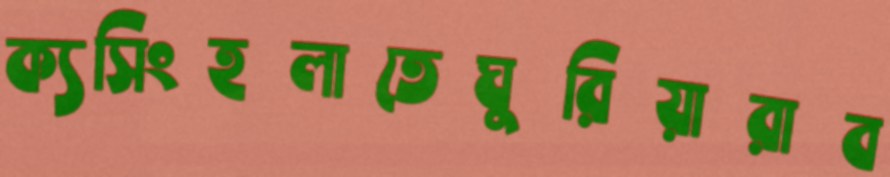
ক্যসিংহলাতেঘুরিয়ারাব